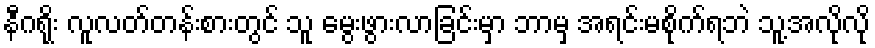
နီဂရိုး လူလတ်တန်းစားတွင် သူ မွေးဖွားလာခြင်းမှာ ဘာမှ အရင်းမစိုက်ရဘဲ သူ့အလိုလို